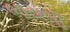
ભાયલી